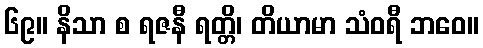
၆၉။ နိသာ စ ရဇနီ ရတ္တိ၊ တိယာမာ သံဝရီ ဘဝေ။